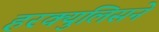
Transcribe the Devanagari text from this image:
हरक्युलिसने